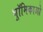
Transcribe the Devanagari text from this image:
भूॉमिकाओ